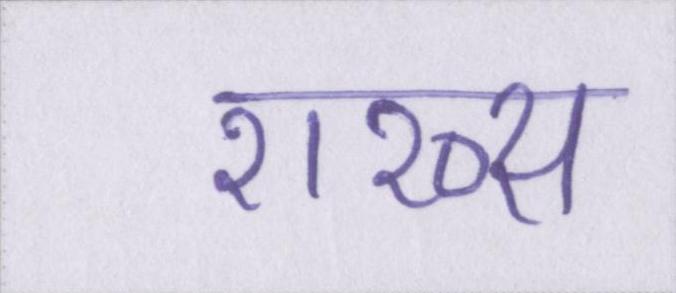
शख्स